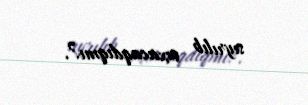
sıyrılıb çıxacaqdıqmı?.